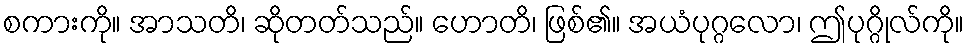
စကားကို။ အာသတိ၊ ဆိုတတ်သည်။ ဟောတိ၊ ဖြစ်၏။ အယံပုဂ္ဂလော၊ ဤပုဂ္ဂိုလ်ကို။